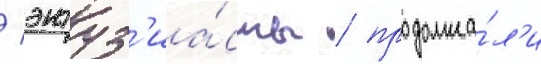
/ энтуз'иа́сты / продолжа́л'и